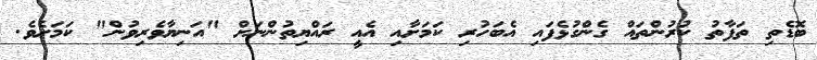
ބޮޑެތި ތަފާތު ކުރުންތައް ގެންގުޅެފައި އެބަހުރި ކަމަށާއި އެއީ ރައްޔިތުންނަށް "އަނިޔާވެރިވުން" ކަމަށެވެ.